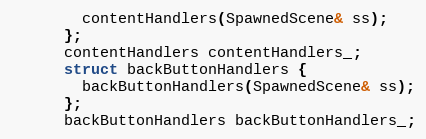
Language: C++
        contentHandlers(SpawnedScene& ss);
      };
      contentHandlers contentHandlers_;
      struct backButtonHandlers {
        backButtonHandlers(SpawnedScene& ss);
      };
      backButtonHandlers backButtonHandlers_;